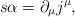
LaTeX: \begin{align*}s\alpha =\partial _{\mu }j^{\mu }, \end{align*}